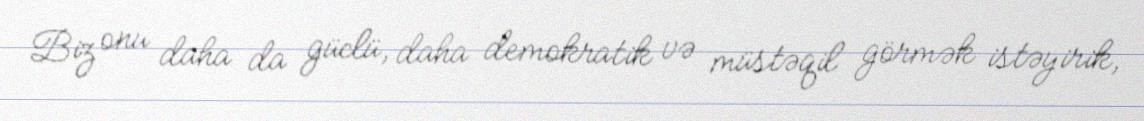
Biz onu daha da güclü, daha demokratik və müstəqil görmək istəyirik,